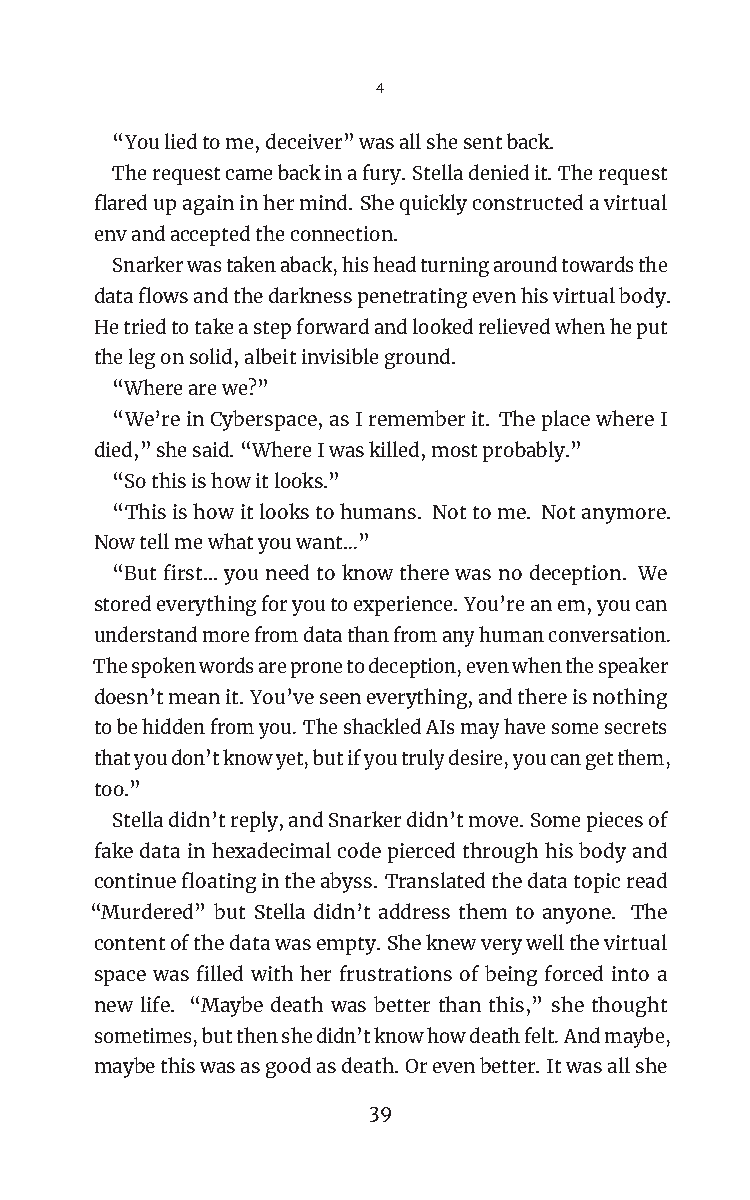
4
 “Youliedtome,deceiver”wasallshesentback.
 Therequestcamebackinafury.Stelladeniedit.Therequest
 flaredupagaininhermind. Shequicklyconstructedavirtual
 envandacceptedtheconnection.
 Snarkerwastakenaback,hisheadturningaroundtowardsthe
 dataflowsandthedarknesspenetratingevenhisvirtualbody.
 Hetriedtotakeastepforwardandlookedrelievedwhenheput
 thelegonsolid,albeitinvisibleground.
 “Wherearewe?”
 “We’reinCyberspace,asIrememberit. TheplacewhereI
 died,”shesaid.“WhereIwaskilled,mostprobably.”
 “Sothisishowitlooks.”
 “Thisishowitlookstohumans. Nottome. Notanymore.
 Nowtellmewhatyouwant…”
 “Butfirst…youneedtoknowtherewasnodeception. We
 storedeverythingforyoutoexperience.You’reanem,youcan
 understandmorefromdatathanfromanyhumanconversation.
 Thespokenwordsarepronetodeception,evenwhenthespeaker
 doesn’tmeanit.You’veseeneverything,andthereisnothing
 tobehiddenfromyou.TheshackledAIsmayhavesomesecrets
 thatyoudon’tknowyet,butifyoutrulydesire,youcangetthem,
 too.”
 Stelladidn’treply,andSnarkerdidn’tmove.Somepiecesof
 fakedatainhexadecimalcodepiercedthroughhisbodyand
 continuefloatingintheabyss. Translatedthedatatopicread
 “Murdered” but Stella didn’t address them to anyone. The
 contentofthedatawasempty.Sheknewverywellthevirtual
 space was filled with her frustrations of being forced into a
 new life. “Maybe death was better than this,” she thought
 sometimes,butthenshedidn’tknowhowdeathfelt.Andmaybe,
 maybethiswasasgoodasdeath.Orevenbetter.Itwasallshe
 39